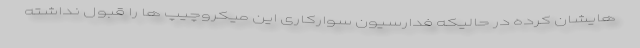
هایشان کرده در حالیکه فدارسیون سوارکاری این میکروچیپ ها را قبول نداشته